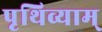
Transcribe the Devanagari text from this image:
पृथिव्याम्